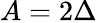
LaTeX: A=2\Delta